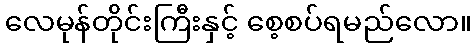
လေမုန်တိုင်းကြီးနှင့် စေ့စပ်ရမည်လော။